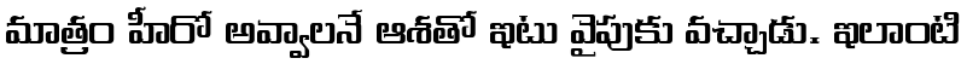
మాత్రం హీరో అవ్వాలనే ఆశతో ఇటు వైపుకు వచ్చాడు. ఇలాంటి